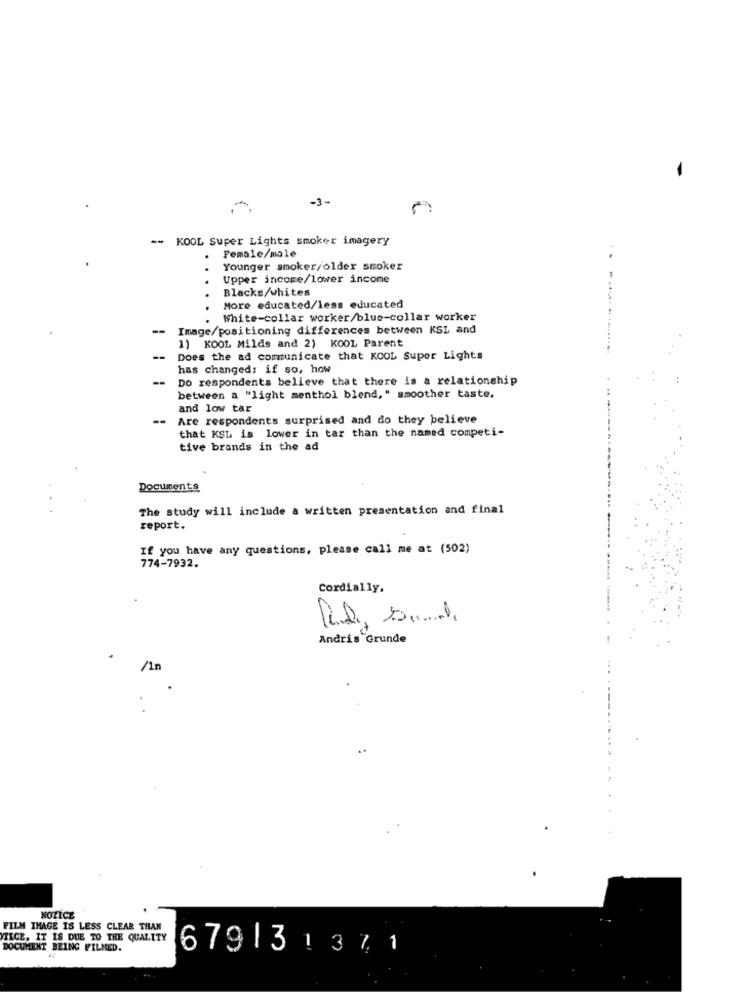
-3-
-- KOOL Super Lights smoker imagery
Female/male
..
Younger smoker/older smoker
Upper income/lower income
Blacks/whites
----
More educated/less educated
. White-collar worker/blue-collar worker
--
Image/positioning differences between KSL and
1) KOOL Milds and 2) KOOL Parent
--
Does the ad communicate that KOOL Super Lights
has changed: if so, how
--
Do respondents believe that there is a relationship
between a "light menthol blend," smoother taste.
and low tar
--
Are respondents surprised and do they believe
that KSL is lower in tar than the named competi-
tive brands in the ad
Documents
The study will include a written presentation and final
report.
If you have any questions, please call me at (502)
774-7932.
Cordially.
Andris Grunde
/1n
NOTICE
FILM IMAGE IS LESS CLEAR THAN
VTICE, IT IS DUE TO THE QUALITY
DOCUMENT BEING FILMED.
679131371